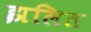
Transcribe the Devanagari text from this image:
झलित